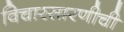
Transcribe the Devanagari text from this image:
विचारसारणीची